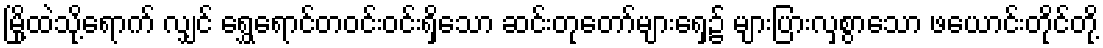
မြို့ထဲသို့ရောက် လျှင် ရွှေရောင်တဝင်းဝင်းရှိသော ဆင်းတုတော်များရှေ့၌ များပြားလှစွာသော ဖယောင်းတိုင်တို့